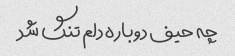
چه حیف دوباره دلم تنگ شد